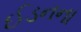
ઈડનના